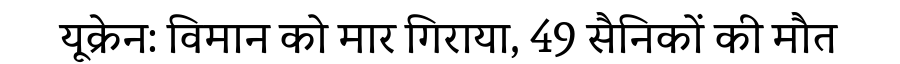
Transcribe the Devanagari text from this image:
यूक्रेन: विमान को मार गिराया, 49 सैनिकों की मौत